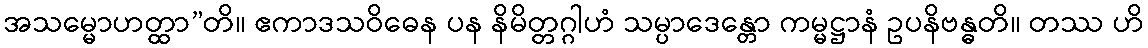
အသမ္မောဟတ္ထာ”တိ။ ဧကာဒသဝိဓေန ပန နိမိတ္တဂ္ဂါဟံ သမ္ပာဒေန္တော ကမ္မဋ္ဌာနံ ဥပနိဗန္ဓတိ။ တဿ ဟိ